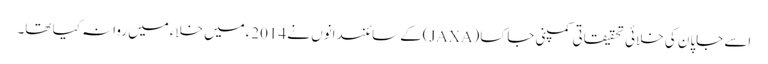
اسے جاپان کی خلائی تحقیقاتی کمپنی جاکسا(JAXA)کے سائنسدانوں نے 2014ءمیں خلاءمیں روانہ کیا تھا۔